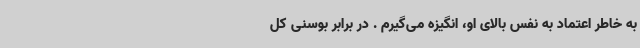
به خاطر اعتماد به نفس بالای او، انگیزه می‌گیرم . در برابر بوسنی کل